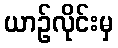
ယာဉ်လိုင်းမှ